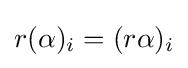
r(\alpha )_{i}=(r\alpha )_{i}